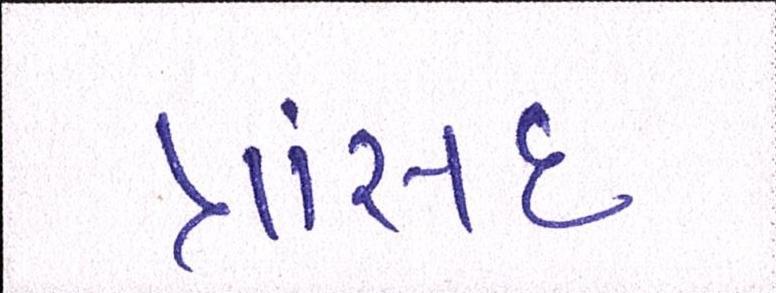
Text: ત્રાંસદ